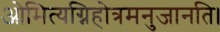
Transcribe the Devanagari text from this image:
ओमित्यग्निहोत्रमनुजानति।